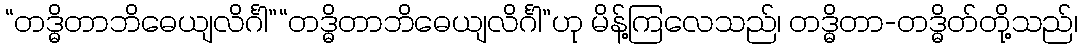
“တဒ္ဓိတာဘိဓေယျလိင်္ဂါ”“တဒ္ဓိတာဘိဓေယျလိင်္ဂါ”ဟု မိန့်ကြလေသည်၊ တဒ္ဓိတာ-တဒ္ဓိတ်တို့သည်၊